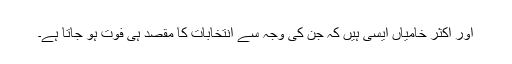
اور اکثر خامیاں ایسی ہیں کہ جن کی وجہ سے انتخابات کا مقصد ہی فوت ہو جاتا ہے۔